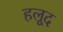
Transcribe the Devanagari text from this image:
हलूद